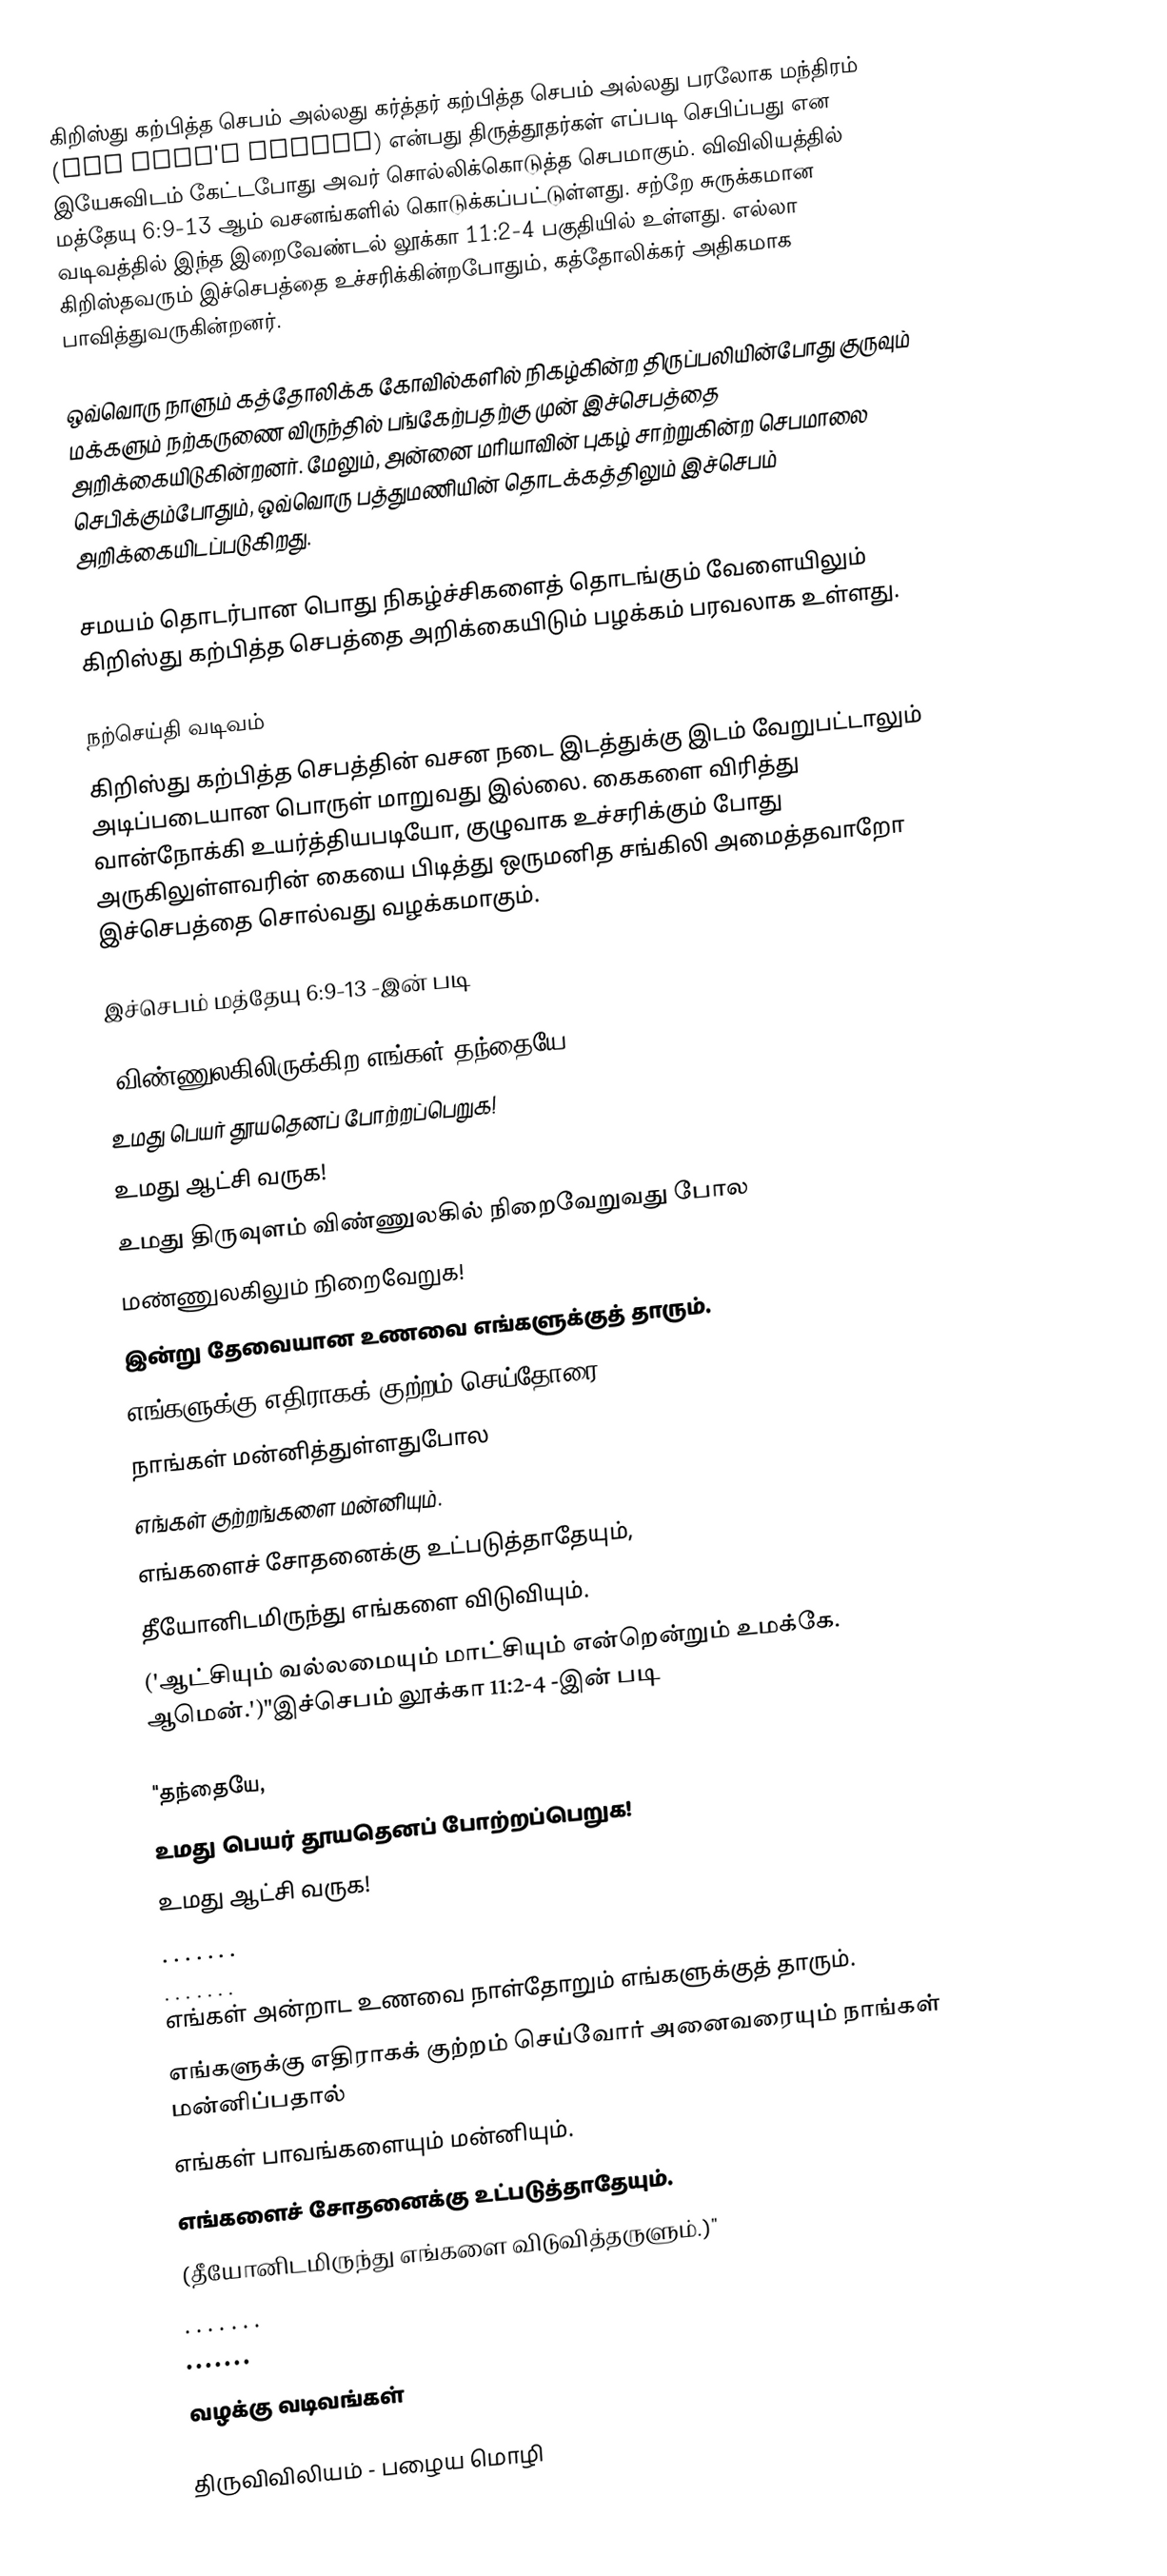
கிறிஸ்து கற்பித்த செபம் அல்லது கர்த்தர் கற்பித்த செபம் அல்லது பரலோக மந்திரம் (The Lord's Prayer) என்பது திருத்தூதர்கள் எப்படி செபிப்பது என இயேசுவிடம் கேட்டபோது அவர் சொல்லிக்கொடுத்த செபமாகும். விவிலியத்தில் மத்தேயு 6:9-13 ஆம் வசனங்களில் கொடுக்கப்பட்டுள்ளது. சற்றே சுருக்கமான வடிவத்தில் இந்த இறைவேண்டல் லூக்கா 11:2-4 பகுதியில் உள்ளது. எல்லா கிறிஸ்தவரும் இச்செபத்தை உச்சரிக்கின்றபோதும், கத்தோலிக்கர் அதிகமாக பாவித்துவருகின்றனர்.

ஒவ்வொரு நாளும் கத்தோலிக்க கோவில்களில் நிகழ்கின்ற திருப்பலியின்போது குருவும் மக்களும் நற்கருணை விருந்தில் பங்கேற்பதற்கு முன் இச்செபத்தை அறிக்கையிடுகின்றனர். மேலும், அன்னை மரியாவின் புகழ் சாற்றுகின்ற செபமாலை செபிக்கும்போதும், ஒவ்வொரு பத்துமணியின் தொடக்கத்திலும் இச்செபம் அறிக்கையிடப்படுகிறது.

சமயம் தொடர்பான பொது நிகழ்ச்சிகளைத் தொடங்கும் வேளையிலும் கிறிஸ்து கற்பித்த செபத்தை அறிக்கையிடும் பழக்கம் பரவலாக உள்ளது.

நற்செய்தி வடிவம்
கிறிஸ்து கற்பித்த செபத்தின் வசன நடை இடத்துக்கு இடம் வேறுபட்டாலும் அடிப்படையான பொருள் மாறுவது இல்லை. கைகளை விரித்து வான்நோக்கி உயர்த்தியபடியோ, குழுவாக உச்சரிக்கும் போது அருகிலுள்ளவரின் கையை பிடித்து ஒருமனித சங்கிலி அமைத்தவாறோ இச்செபத்தை சொல்வது வழக்கமாகும்.

இச்செபம் மத்தேயு 6:9-13 -இன் படி

"விண்ணுலகிலிருக்கிற எங்கள் தந்தையே,
உமது பெயர் தூயதெனப் போற்றப்பெறுக!
உமது ஆட்சி வருக!
உமது திருவுளம் விண்ணுலகில் நிறைவேறுவது போல
மண்ணுலகிலும் நிறைவேறுக!
இன்று தேவையான உணவை எங்களுக்குத் தாரும்.
எங்களுக்கு எதிராகக் குற்றம் செய்தோரை
நாங்கள் மன்னித்துள்ளதுபோல
எங்கள் குற்றங்களை மன்னியும்.
எங்களைச் சோதனைக்கு உட்படுத்தாதேயும்,
தீயோனிடமிருந்து எங்களை விடுவியும்.
('ஆட்சியும் வல்லமையும் மாட்சியும் என்றென்றும் உமக்கே. ஆமென்.')"இச்செபம் லூக்கா 11:2-4 -இன் படி

"தந்தையே,
உமது பெயர் தூயதெனப் போற்றப்பெறுக!
உமது ஆட்சி வருக!
 . . . . . . .
 . . . . . . .
எங்கள் அன்றாட உணவை நாள்தோறும் எங்களுக்குத் தாரும்.
எங்களுக்கு எதிராகக் குற்றம் செய்வோர் அனைவரையும் நாங்கள் மன்னிப்பதால்
எங்கள் பாவங்களையும் மன்னியும்.
எங்களைச் சோதனைக்கு உட்படுத்தாதேயும்.
(தீயோனிடமிருந்து எங்களை விடுவித்தருளும்.)"
 . . . . . . .
 . . . . . . .

வழக்கு வடிவங்கள்

திருவிவிலியம் - பழைய மொழி